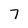
Character: 7